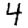
Digit: 4